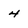
Character: 4